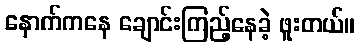
နောက်ကနေ ချောင်းကြည့်နေခဲ့ ဖူးတယ်။